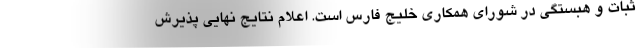
ثبات و هبستگی در شورای همکاری خلیج فارس است. اعلام نتایج نهایی پذیرش